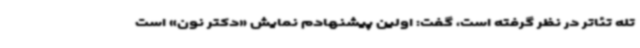
تله تئاتر در نظر گرفته است، گفت: اولین پیشنهادم نمایش «دکتر نون» است